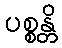
ပစ္စန္တိ